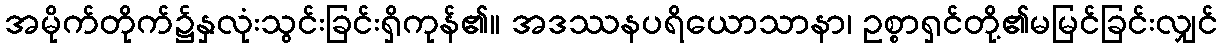
အမိုက်တိုက်၌နှလုံးသွင်းခြင်းရှိကုန်၏။ အဒဿနပရိယောသာနာ၊ ဥစ္စာရှင်တို့၏မမြင်ခြင်းလျှင်